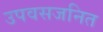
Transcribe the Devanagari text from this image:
उपवसजनित